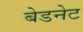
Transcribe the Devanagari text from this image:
बेडनेट